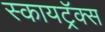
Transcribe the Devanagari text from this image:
स्कायट्रॅक्स